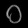
Digit: ၀